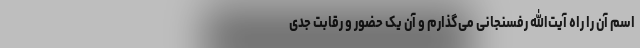
اسم آن را راه آیت‌الله رفسنجانی می‌گذارم و آن یک حضور و رقابت جدی